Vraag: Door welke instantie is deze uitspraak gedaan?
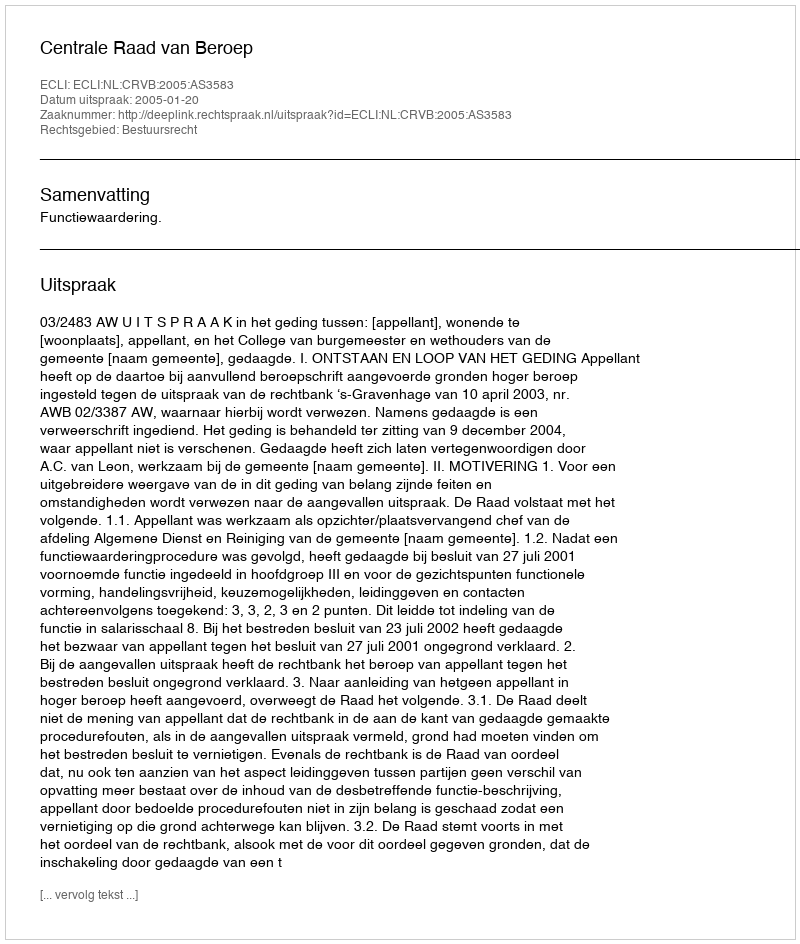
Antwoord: Centrale Raad van Beroep